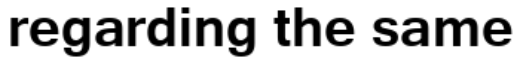
regarding the same